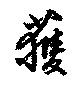
獲